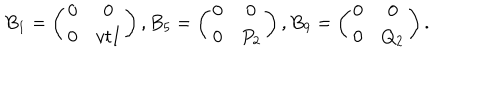
LaTeX: B _ { 1 } = \left( \begin{array} { c c } { { 0 } } & { { 0 } } \\ { { 0 } } & { { v t I } } \\ \end{array} \right) , B _ { 5 } = \left( \begin{array} { c c } { { 0 } } & { { 0 } } \\ { { 0 } } & { { P _ { 2 } } } \\ \end{array} \right) , B _ { 9 } = \left( \begin{array} { c c } { { 0 } } & { { 0 } } \\ { { 0 } } & { { Q _ { 2 } } } \\ \end{array} \right) .